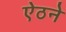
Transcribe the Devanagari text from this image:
ऐठने